Annual report of the Madras Medical College
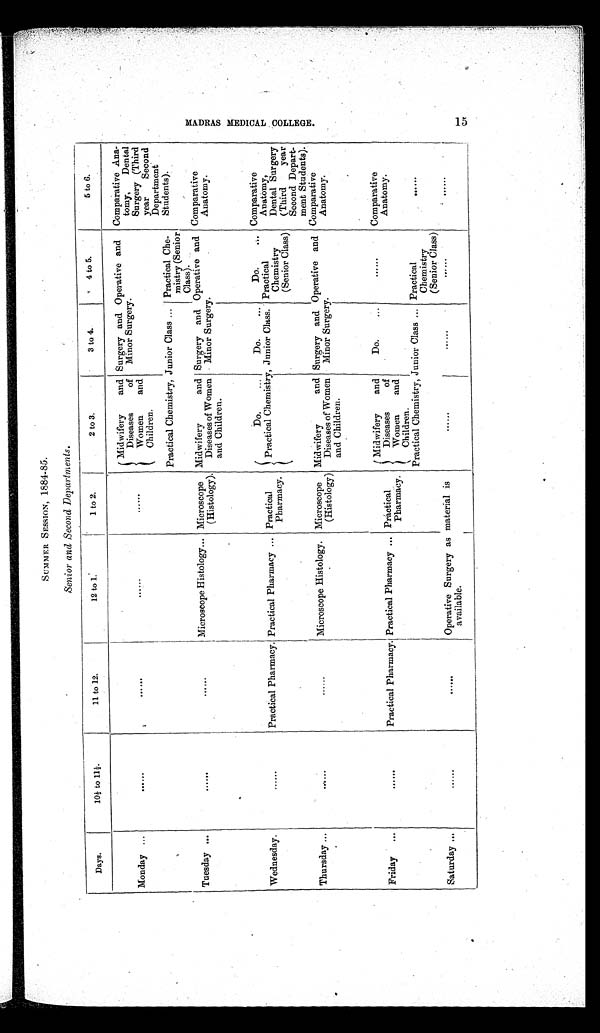
SUMMER SESSION, 1884-85.
Senior and Second Departments.
Days.
10½ to 11½.
11 to 12.
12 to 1.
1 to 2.
2 to 3.
3 to 4.
4 to 5.
5 to 6.
Monday ...
......
......
......
......
Midwifery
and Di seases of
W o m e n a n d
Children.
Surgery and Operative and
Minor Surgery.
Comparative Ana-
tomy,
Dental
Surgery (Third
year
Second
Department
Students).
Practical Chemistry, Junior Class ... Practical Che-
mistry (Senior
Class).
Tuesday ...
......
......
Microscope Histology ... Microscope
(Histology).
Midwifery
and
Diseases of Women
and Children.
Surgery and Operative and
Minor Surgery.
Comparative
An atomy.
Do.
...
Do
...
Do.
... Comparative
Anatomy,
Dental Surgery
(Third
year
Second Depart-
ment Students).
Wednesday.
......
Practical Pharmacy. Practical Pharmacy ... Practical
Pharmacy.
Practical Chemistry, Junior Class. Practical
Chemistry
(Senior Class)
Thursday ...
. . . . . .
......
Microscope Histology. Microscope
(Histology)
Midwifery
and
Diseases of Women
and Children.
Surgery and Operative and
Minor Surgery.
Comparative
Anatomy.
Friday
...
......
Practical Pharmacy. Practical Pharmacy ... Practical
Pharmacy.
Midwifery
and
Diseases
of
Women
and
Children.
Do.
...
......
Comparative
Anatomy.
Practical Chemistry, Junior Class ... Practical
Chemistry
(Senior Class)
Saturday ...
......
......
Operative Surgery as material is
available.
......
......
. . . . . .
. . . . . .
M A D R A S M E D I C A L C O L L E G E .
15